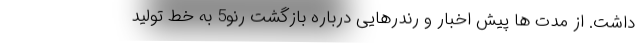
داشت. از مدت ها پیش اخبار و رندرهایی درباره بازگشت رنو5 به خط تولید